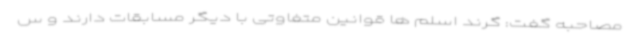
مصاحبه گفت: گرند اسلم ها قوانین متفاوتی با دیگر مسابقات دارند و س